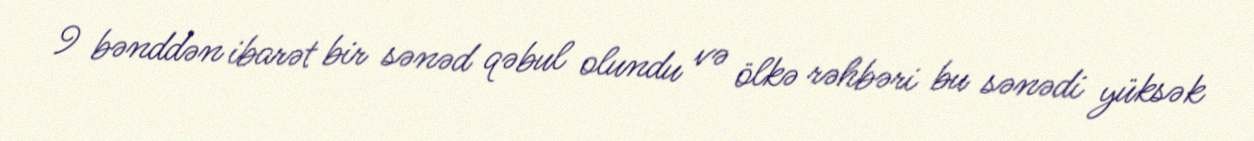
9 bənddən ibarət bir sənəd qəbul olundu və ölkə rəhbəri bu sənədi yüksək